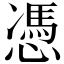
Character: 憑